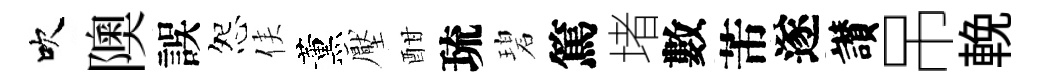
吹隩誤怨侯薰壓酣琉碧篤堵數芾遂讃吊輓